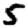
Digit: 5